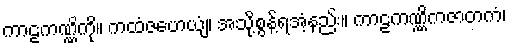
ကာဠကဏ္ဏိကို။ ကထံဇဟေယျံ၊ အသို့စွန့်ရအံ့နည်း။ ကာဠကဏ္ဏိကဇာတကံ၊